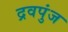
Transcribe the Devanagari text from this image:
द्रवपुंज